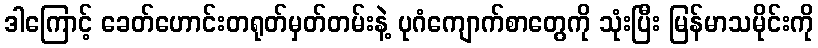
ဒါကြောင့် ခေတ်ဟောင်းတရုတ်မှတ်တမ်းနဲ့ ပုဂံကျောက်စာတွေကို သုံးပြီး မြန်မာသမိုင်းကို